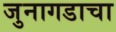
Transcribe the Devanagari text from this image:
जुनागडाचा